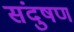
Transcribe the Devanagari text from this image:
संदुषण